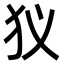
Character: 𤜥